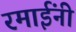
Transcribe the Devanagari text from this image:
रमाईंनी